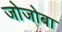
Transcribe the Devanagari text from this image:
जोजोबा